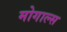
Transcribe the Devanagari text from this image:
मोगाल्स